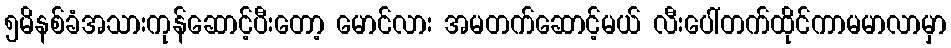
၅မိနစ်ခံအသားကုန်ဆောင့်ပီးတော့ မောင်လား အမတက်ဆောင့်မယ် လီးပေါ်တက်ထိုင်ကာမမာလာမှာ